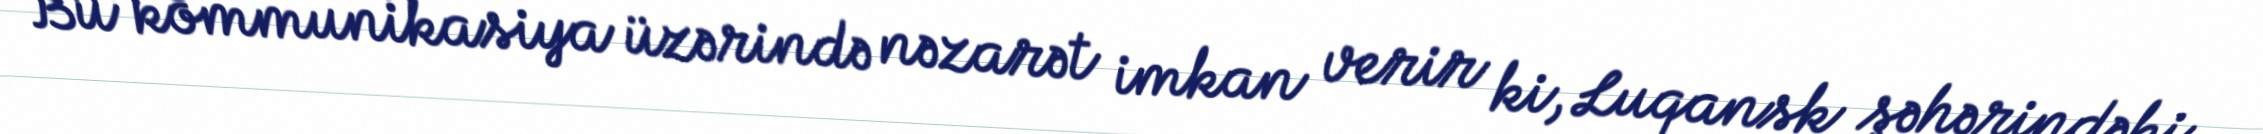
Bu kommunikasiya üzərində nəzarət imkan verir ki, Luqansk şəhərindəki